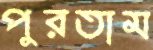
পুরতাম